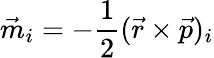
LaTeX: \vec{m}_{i}=-\frac{1}{2}(\vec{r}\times\vec{p})_{i}